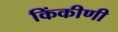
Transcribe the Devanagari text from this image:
किंकीणी